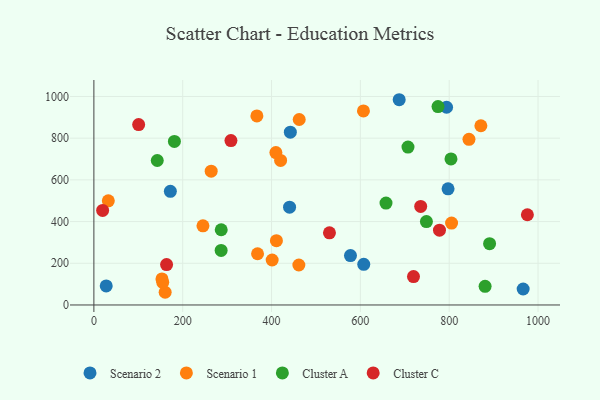
{"axis": {"x": "Ad Spend", "y": "Exam Score"}, "legend": ["Cluster A", "Cluster C", "Scenario 1", "Scenario 2"], "data": [{"x": "794.1", "y": 948.4, "type": "Scenario 2"}, {"x": "687.4", "y": 984.4, "type": "Scenario 2"}, {"x": "27.8", "y": 91.3, "type": "Scenario 2"}, {"x": "442.3", "y": 828.9, "type": "Scenario 2"}, {"x": "440.6", "y": 469.1, "type": "Scenario 2"}, {"x": "966.5", "y": 76.7, "type": "Scenario 2"}, {"x": "577.7", "y": 236.8, "type": "Scenario 2"}, {"x": "797.4", "y": 556.9, "type": "Scenario 2"}, {"x": "172.2", "y": 545.1, "type": "Scenario 2"}, {"x": "607.6", "y": 195.1, "type": "Scenario 2"}, {"x": "160.5", "y": 60.9, "type": "Scenario 1"}, {"x": "805.3", "y": 392.6, "type": "Scenario 1"}, {"x": "411.0", "y": 308.6, "type": "Scenario 1"}, {"x": "462.3", "y": 889.5, "type": "Scenario 1"}, {"x": "32.5", "y": 499.6, "type": "Scenario 1"}, {"x": "367.0", "y": 906.6, "type": "Scenario 1"}, {"x": "264.1", "y": 641.7, "type": "Scenario 1"}, {"x": "844.5", "y": 794.3, "type": "Scenario 1"}, {"x": "420.4", "y": 693.1, "type": "Scenario 1"}, {"x": "245.6", "y": 379.4, "type": "Scenario 1"}, {"x": "871.3", "y": 859.5, "type": "Scenario 1"}, {"x": "368.5", "y": 245.7, "type": "Scenario 1"}, {"x": "461.5", "y": 191.6, "type": "Scenario 1"}, {"x": "153.3", "y": 124.7, "type": "Scenario 1"}, {"x": "401.4", "y": 215.7, "type": "Scenario 1"}, {"x": "409.8", "y": 731.0, "type": "Scenario 1"}, {"x": "606.9", "y": 930.6, "type": "Scenario 1"}, {"x": "155.0", "y": 108.5, "type": "Scenario 1"}, {"x": "181.3", "y": 784.2, "type": "Cluster A"}, {"x": "774.8", "y": 951.6, "type": "Cluster A"}, {"x": "657.7", "y": 488.5, "type": "Cluster A"}, {"x": "142.7", "y": 692.9, "type": "Cluster A"}, {"x": "748.7", "y": 400.2, "type": "Cluster A"}, {"x": "286.7", "y": 360.8, "type": "Cluster A"}, {"x": "890.9", "y": 294.1, "type": "Cluster A"}, {"x": "286.5", "y": 261.7, "type": "Cluster A"}, {"x": "804.0", "y": 700.7, "type": "Cluster A"}, {"x": "880.8", "y": 89.4, "type": "Cluster A"}, {"x": "707.2", "y": 757.5, "type": "Cluster A"}, {"x": "308.6", "y": 788.6, "type": "Cluster C"}, {"x": "719.6", "y": 136.0, "type": "Cluster C"}, {"x": "735.8", "y": 472.6, "type": "Cluster C"}, {"x": "778.1", "y": 358.6, "type": "Cluster C"}, {"x": "976.0", "y": 432.8, "type": "Cluster C"}, {"x": "100.8", "y": 865.1, "type": "Cluster C"}, {"x": "530.4", "y": 345.9, "type": "Cluster C"}, {"x": "163.7", "y": 193.8, "type": "Cluster C"}, {"x": "19.7", "y": 453.7, "type": "Cluster C"}]}